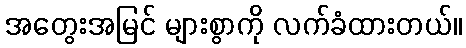
အတွေးအမြင် များစွာကို လက်ခံထားတယ်။